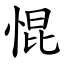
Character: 惃